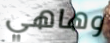
وهاهي